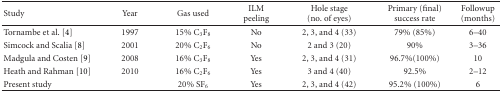
<table><thead><tr><td><b> Study</b></td><td><b>Year</b></td><td><b>Gas used</b></td><td><b>ILM peeling</b></td><td><b>Hole stage (no. of eyes)</b></td><td><b>Primary (final) success rate</b></td><td><b>Followup (months)</b></td></tr></thead><tbody><tr><td>Tornambe et al. [4]</td><td>1997</td><td>15% C<sub>3</sub>F<sub>8</sub></td><td>No</td><td>2, 3, and 4 (33)</td><td>79% (85%)</td><td>6–40</td></tr><tr><td>Simcock and Scalia [8]</td><td>2001</td><td>20% C<sub>2</sub>F<sub>6</sub></td><td>No</td><td>2 and 3 (20)</td><td>90%</td><td>3–36</td></tr><tr><td>Madgula and Costen [9]</td><td>2008</td><td>16% C<sub>3</sub>F<sub>8</sub></td><td>Yes</td><td>2, 3, and 4 (31)</td><td>96.7%(100%)</td><td>10</td></tr><tr><td>Heath and Rahman [10]</td><td>2010</td><td>16% C<sub>2</sub>F<sub>6</sub></td><td>Yes</td><td>3 and 4 (40)</td><td>92.5%</td><td>2–12</td></tr><tr><td>Present study</td><td></td><td>20% SF<sub>6</sub></td><td>Yes</td><td>2, 3, and 4 (42)</td><td>95.2% (100%)</td><td>6</td></tr></tbody></table>